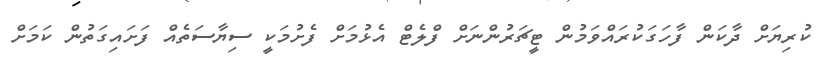
ކުރިޔަށް ދާކަން ފާހަގަކުރައްވަމުން ޓީޗަރުންނަށް ފްލެޓް އެޅުމަށް ފެށުމަކީ ސިޔާސަތެއް ފަށައިގަތުން ކަމަށް